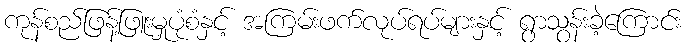
ကုန်စည်ဖြန့်ဖြူးမှုပုံစံနှင့် အကြမ်းဖက်လုပ်ရပ်များနှင့် ရွာသွန်းခဲ့ကြောင်း